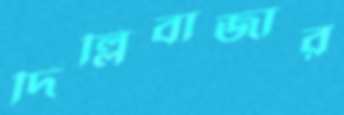
দিল্লিবাজার